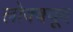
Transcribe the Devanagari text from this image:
लोक्क्वूद